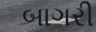
બાગરી